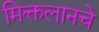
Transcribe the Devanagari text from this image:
मिक्तलानचे